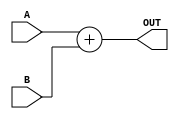
`timescale 1ns / 1ps

module Adder(
    input signed [31:0] A,
    input signed[31:0] B,
    output signed [31:0] OUT
    );

assign OUT = A + B;

endmodule